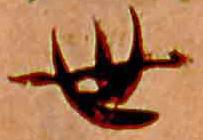
世